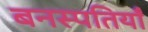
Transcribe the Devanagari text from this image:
बनस्पतियाँ